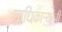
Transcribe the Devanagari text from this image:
प्राधिकाऱ्यांनी